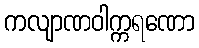
ကလျာဏဝါက္ကရဏော